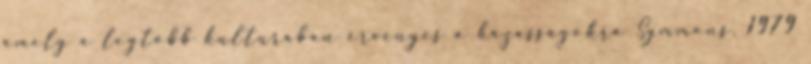
amely a legtöbb kultúrában érvényes a házasságokra Symmons, 1979